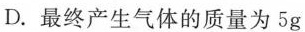
D.最终产生气体的质量为5g